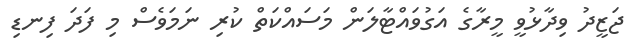
ޖަޒީދު ވިދާޅުވީ މީރާގެ އަގުވައްޓާލަން މަސައްކަތް ކުރި ނަމަވެސް މި ފަދަ ފިނޑި